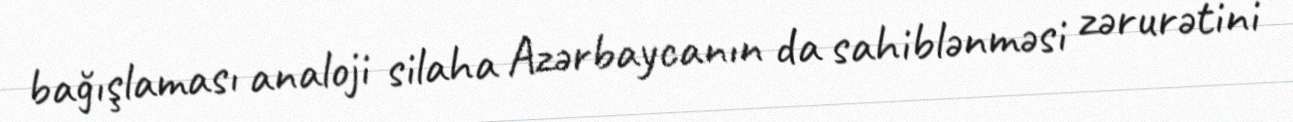
bağışlaması analoji silaha Azərbaycanın da sahiblənməsi zərurətini